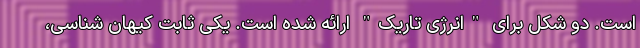
است. دو شکل برای "انرژی تاریک" ارائه شده‌ است. یکی ثابت کیهان شناسی،